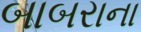
બાબરાના